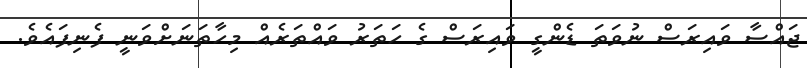
ޖައްސާ ވައިރަސް ނުވަތަ ޑެންގީ ވައިރަސް ގެ ހަތަރު ވައްތަރެއް މިހާތަނަށްވަނީ ފެނިފައެވެ.